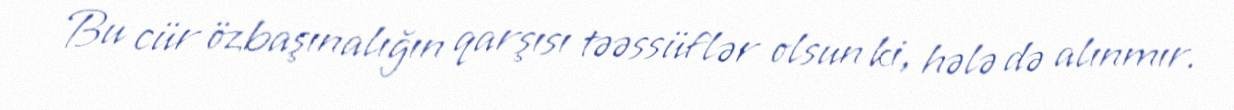
Bu cür özbaşınalığın qarşısı təəssüflər olsun ki, hələ də alınmır.